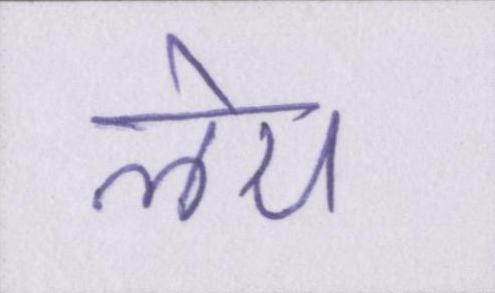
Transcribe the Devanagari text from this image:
लेय